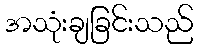
အသုံးချခြင်းသည်